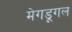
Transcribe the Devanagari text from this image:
मेगडूगल